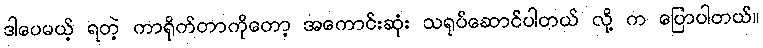
ဒါပေမယ့် ရတဲ့ ကာရိုက်တာကိုတော့ အကောင်းဆုံး သရုပ်ဆောင်ပါတယ် လို့ က ပြောပါတယ်။